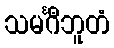
သမင်္ဂီဘူတံ